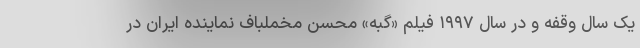
یک سال وقفه و در سال ۱۹۹۷ فیلم «گبه» محسن مخملباف نماینده ایران در